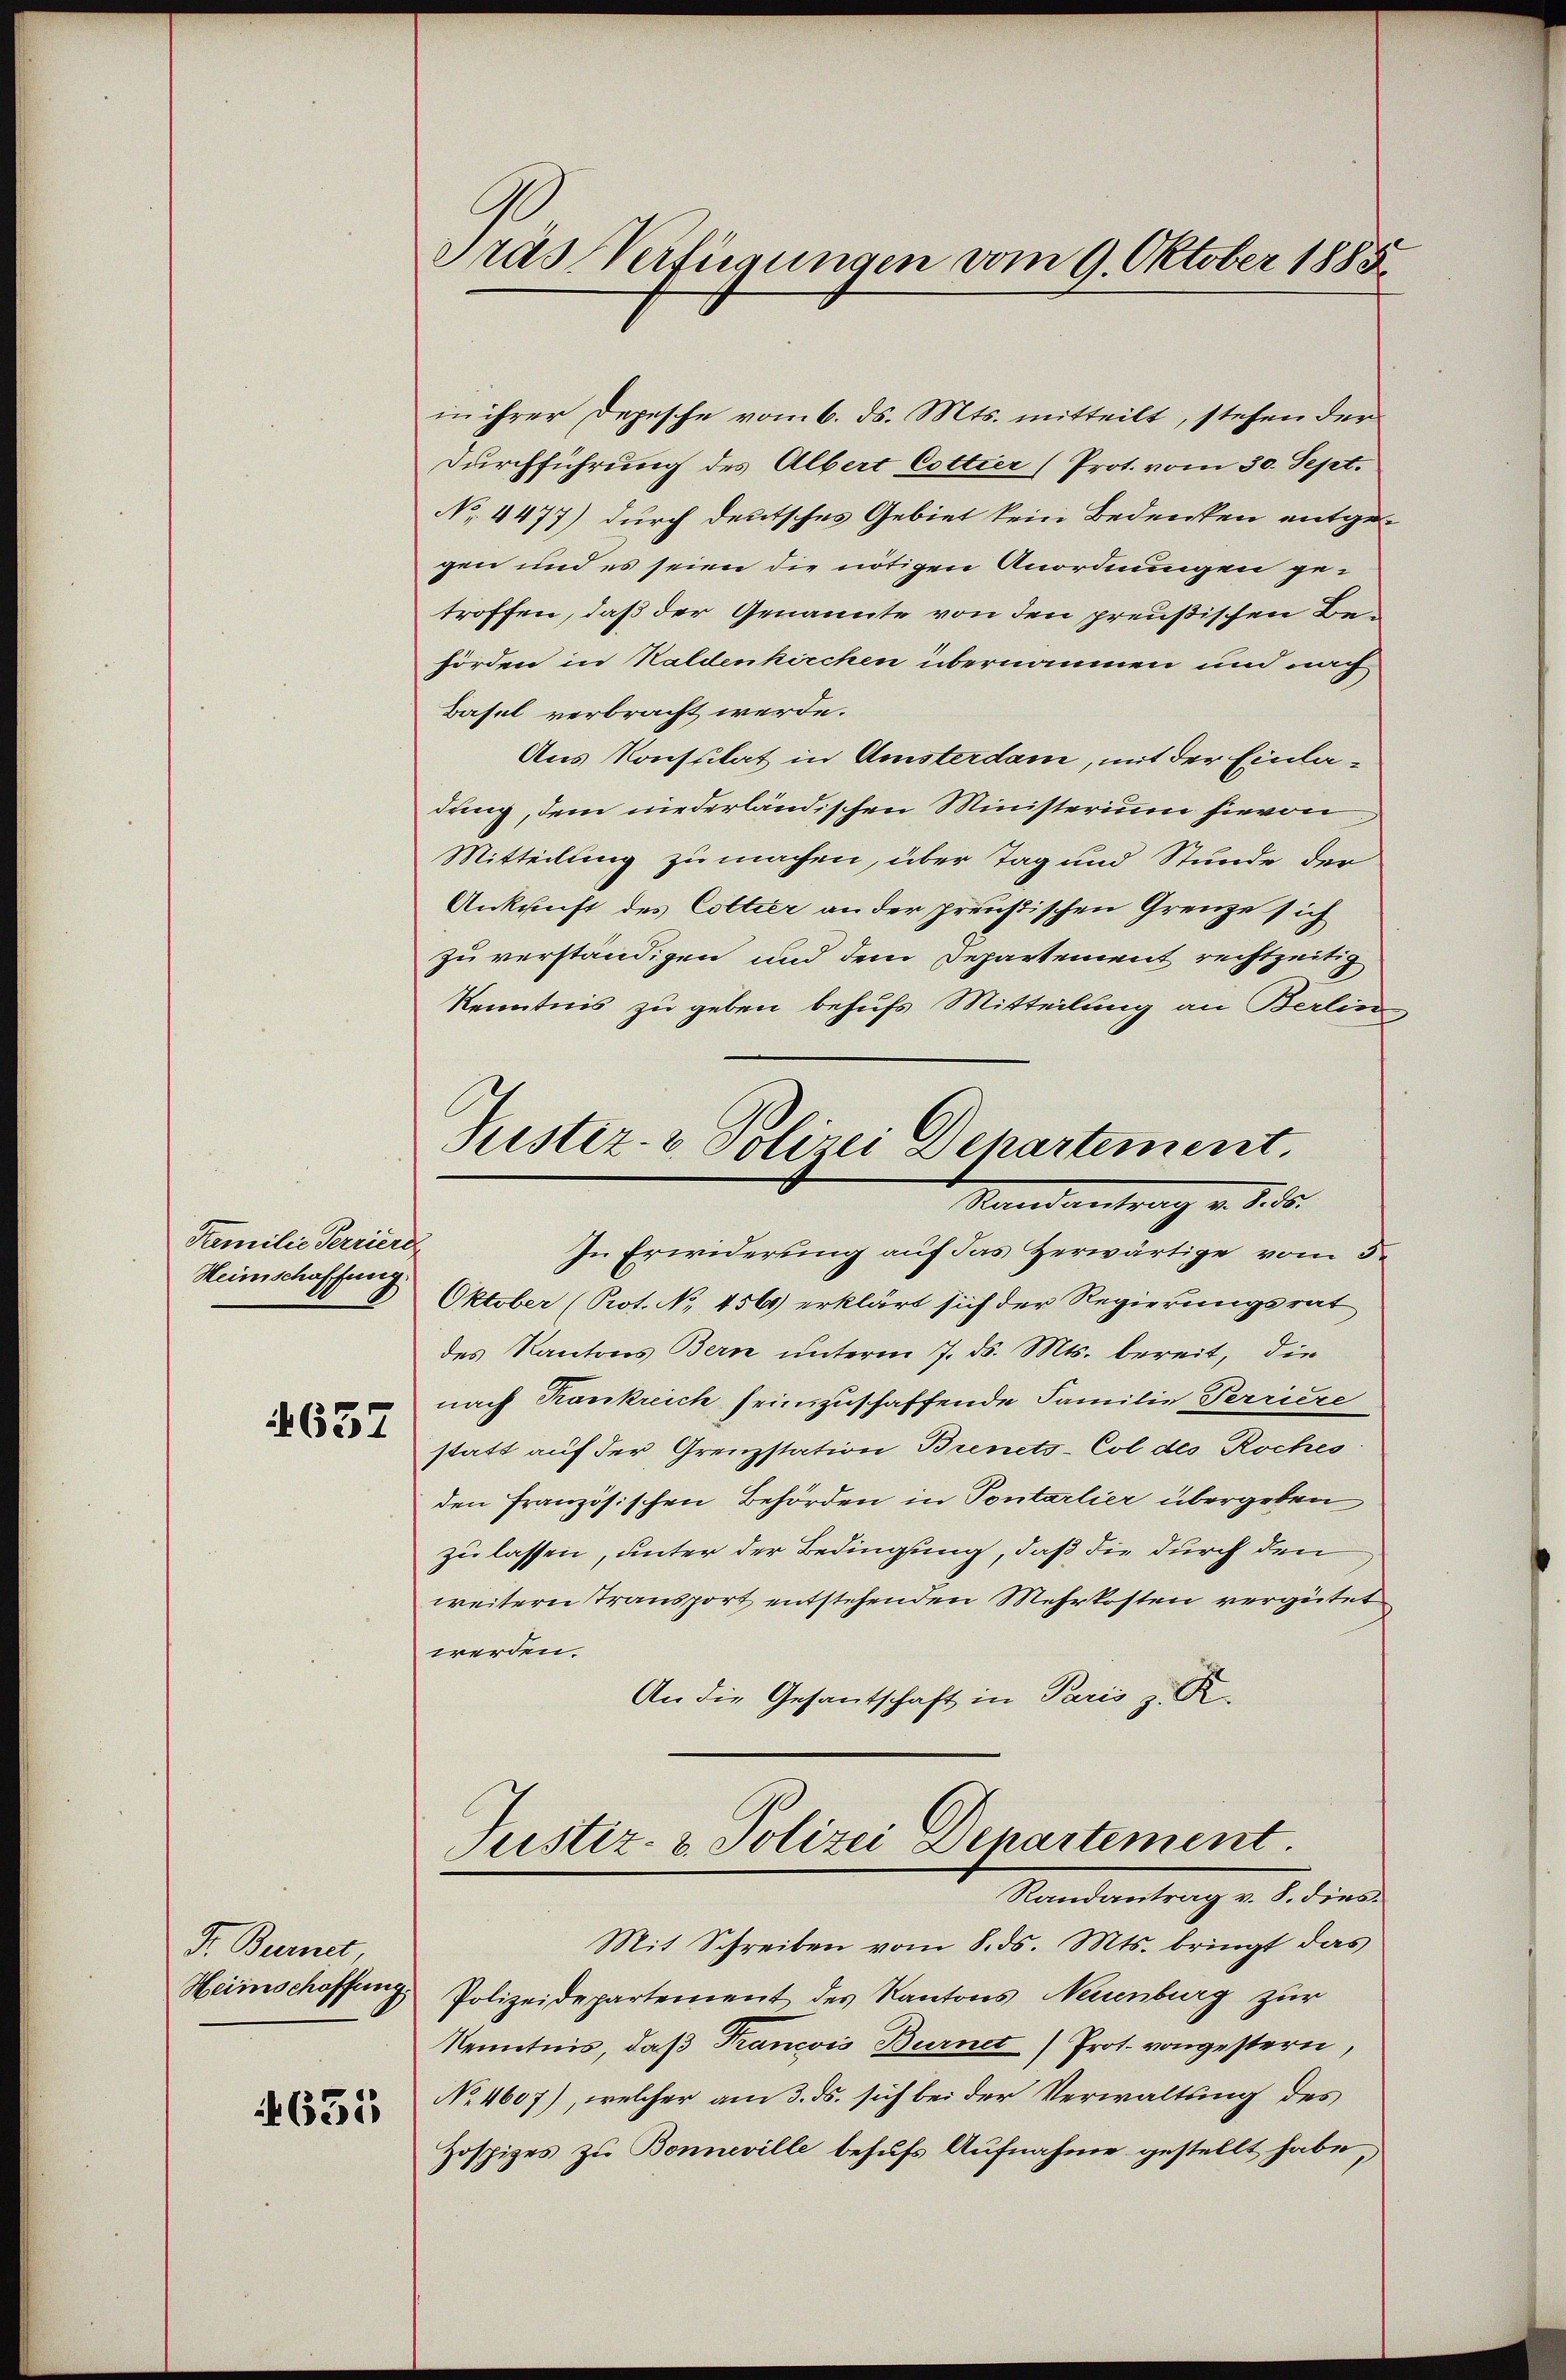
Familie Terriere
Weinschaffenig

637

Fr. Bernet
Heimschöffung

4635

Pras Verfügungen vom 9. Oktober 1885

in ihrer Depesche vom 6. ds. Mts. mitteilt, stehen der
Durchführung des Albert Cottier (Prot. vom 30. Sept.
No. 4477) durch deutsches Gebiet kein Bedenken entgegen und es seien die nötigen Anordnungen getroffen, daß der Genannte von den preußischen Behörden in Haldenkirchen übernommen und nach
Basel verbracht werde.
Aus Konsulat in Amsterdam, mit der Einladring, dem niederländischen Ministerium hievon
Mitteilung zu machen, über Tag und Stunde der
Ankunft des Cottier an der preußischen Grenze sich
zu verständigen und dem Departement rechtzeitig
Kenntnis zu geben behufs Mitteilung an Berlin
Justiz- & Polizei Departement
Mandantrag v. 1.10.
In Erwiderung auf das Herwärtige vom 5.
Oktober (Prot. No. 456 erklärt sich der Regierungsrat
des Kantons Bern unterm 7. ds. Mts. bereit, die
nach Krankreich seinzuschaffende Familie Terriere
statt auf der Grenzstation Bienets-Col des Roches
den Französischen Behörden in Pontarlier übergeben
zu lassen, unter der Bedingung, daß die durch den
weitern Transport entstehenden Mehrkosten vergütet
werden.
An die Gesantschaft in Paris z. R.

Justiz- & Polizei Departement.
Randantrag v. 8. dies

Mit Schreiben vom 8. ds. Mts. bringt das
Polizeidepartement des Kantons Neuenburg zur
Kenntnis, daß Francois Burnet) Prot. vongestern,
No 4607), welcher am 3. ds. sich bei der Verwaltung des
Zospizes zu Bonneville behufs Aufnahme gestellt habe,